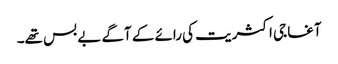
آغا جی اکثریت کی رائے کے آگے بے بس تھے۔